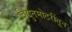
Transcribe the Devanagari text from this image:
विद्युतमोटरींतून